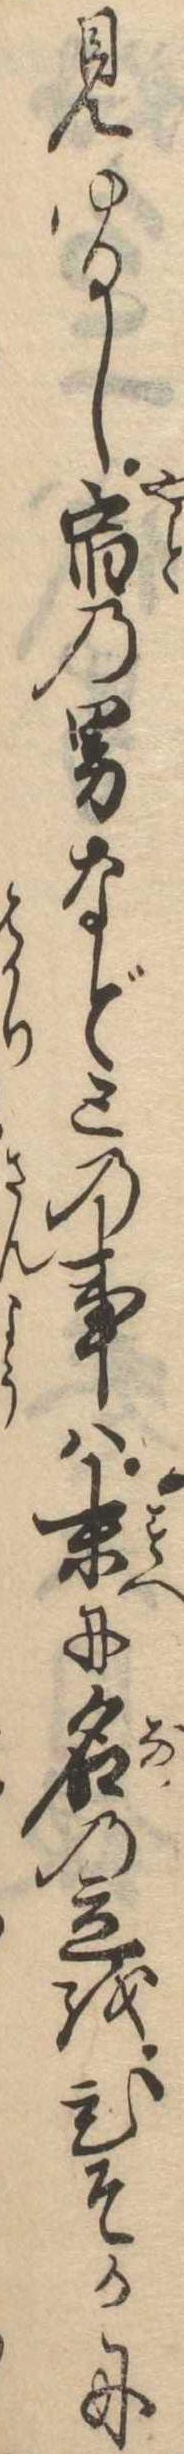
見ゆるし宿の男などとの事は末に名の立をひそかに